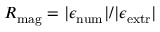
R _ { \mathrm { { m a g } } } = | \epsilon _ { \mathrm { { n u m } } } | / | \epsilon _ { \mathrm { { e x t r } } } |